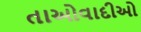
તાઓવાદીઓ